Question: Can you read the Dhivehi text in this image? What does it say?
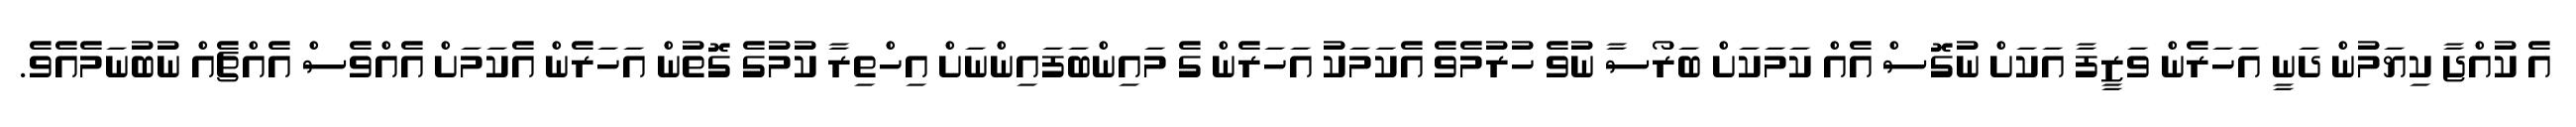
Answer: އެ ކުއްޖާ ކިޔަމުން ދަނީ އަހަރެން ވަޒީފާ އަކަށް ނުގޮސް އެއް ކަމަކަށް ބަރޯސާ ނުވެ ހުރުމެވެ އެކަމަކު އަހަރެން ގެ މައިންބަފައިންނަށް އިހްތިރާ ކުމުގެ ގޮތުން އަހަރެން އެކަމަށް އެއްވެސް އެއްޗެއް ނުބުނަމެއެވެ.